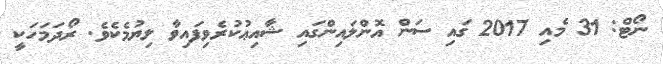
ނޯޓް: 31 މެއި 2017 ގައި ސަން އޮންލައިންގައި ޝާއިޢުކުރެވިފައިވާ ލިޔުމެކެވެ. ރޯދަމަހަކީ